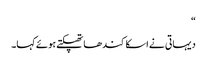
“
دیہاتی نے اسکا کندھا تھپکتے ہوئے کہا۔